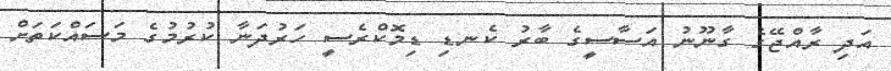
އަދި ރާއްޖޭގެ ގާނޫނު އަސާސީގެ ބާރު ކެނޑި ޑިމޮކްރެސީ ހަރުދަނާ ކުރުމުގެ މަސައްކަތަށް